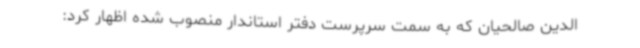
‌الدین صالحیان که به سمت سرپرست دفتر استاندار منصوب شده اظهار کرد: